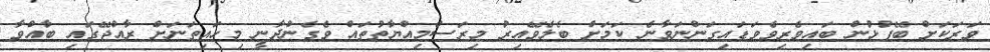
ވަރަކަށް ބޭފުޅުން ބައިވެރިވެވަޑައިގަންނަވާނެ ކަމަށް ބެލެވޭއިރު މިރަސްމިއްޔާތުތައް ވެގެންދާނީ މިހައިތަނަށް ރާއްޖޭގައި ބާއްވާ